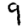
Digit: 9